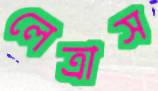
লেত্রাস